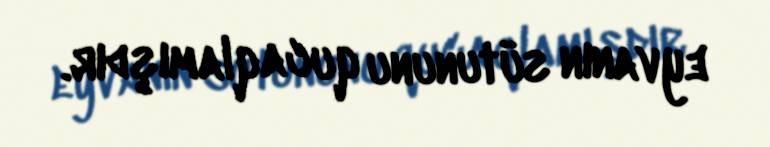
eyvanın sütununu qucaqlamışdır.